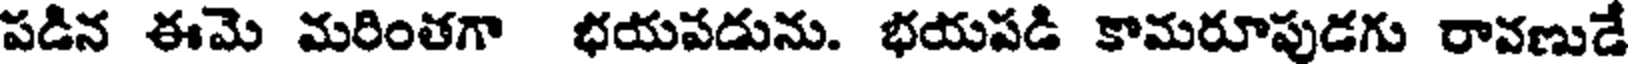
పడిన ఈమె మరింతగా భయపడును. భయపడి కామరూపుడగు రావణుడే